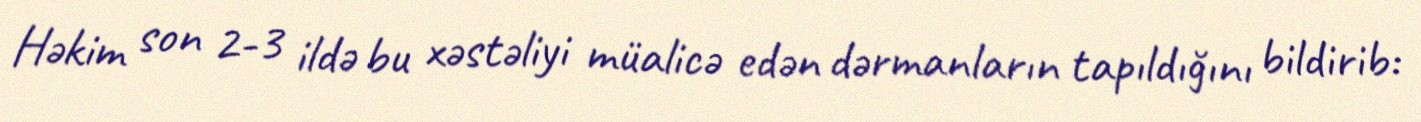
Həkim son 2-3 ildə bu xəstəliyi müalicə edən dərmanların tapıldığını bildirib: